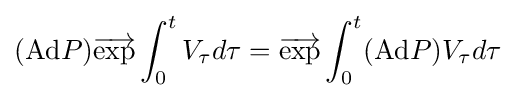
(\mathrm {Ad} P){\overrightarrow {\mathrm {exp} }}\int _{0}^{t}V_{\tau }d\tau ={\overrightarrow {\mathrm {exp} }}\int _{0}^{t}(\mathrm {Ad} P)V_{\tau }d\tau